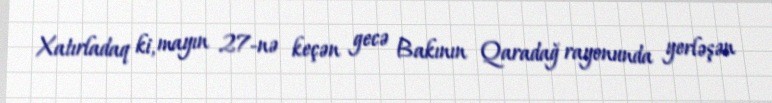
Xatırladaq ki, mayın 27-nə keçən gecə Bakının Qaradağ rayonunda yerləşən